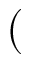
(